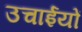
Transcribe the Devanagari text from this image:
उचाईयों